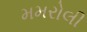
મમરોલી